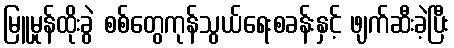
မြူမှုန်ထိုးခွဲ စစ်တွေကုန်သွယ်ရေးစခန်းနှင့် ဖျက်ဆီးခဲ့ပြီး